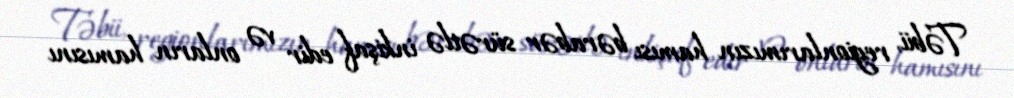
Təbii, regionlarımızın hamısı bərabər sürətlə inkişaf edir və onların hamısını